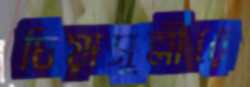
ঘিয়াসুল্লীরে